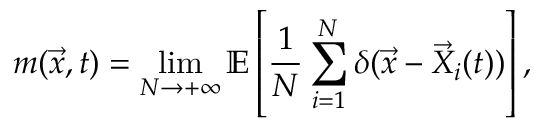
m ( \vec { x } , t ) = \operatorname* { l i m } _ { N \rightarrow + \infty } \mathbb { E } \left[ \frac { 1 } { N } \sum _ { i = 1 } ^ { N } \delta ( \vec { x } - \vec { X } _ { i } ( t ) ) \right] ,